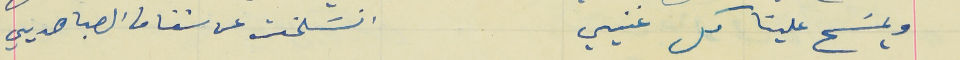
ويمسَح علينا كل غنيي                                             انسَلخت عن شفاف الصبا هديي